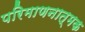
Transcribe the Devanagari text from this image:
परिमाणनात्मक